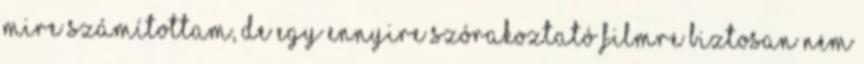
mire számítottam, de egy ennyire szórakoztató filmre biztosan nem